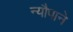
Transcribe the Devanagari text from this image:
न्यौपाने